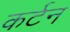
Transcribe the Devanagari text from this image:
कर्टन